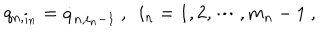
q _ { n , i _ { n } } = \dot { q } _ { n , i _ { n } - 1 } \ , \ \ i _ { n } = 1 , 2 , \cdots , m _ { n } - 1 \ ,